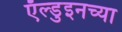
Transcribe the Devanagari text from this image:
ऍल्डुइनच्या